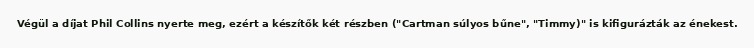
Végül a díjat Phil Collins nyerte meg, ezért a készítők két részben ("Cartman súlyos bűne", "Timmy)" is kifigurázták az énekest.